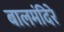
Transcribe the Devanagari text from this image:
बालमंदिरे